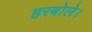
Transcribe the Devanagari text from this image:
हरबोले।